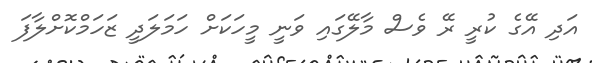
އަދި އޭގެ ކުރީ ރޭ ވެސް މާލޭގައި ވަނީ މީހަކަށް ހަމަލަދީ ޒަހަމްކޮށްލާފަ